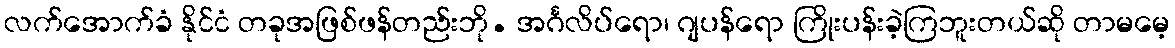
လက်အောက်ခံ နိုင်ငံ တခုအဖြစ်ဖန်တည်းဘို. အင်္ဂလိပ်ရော၊ ဂျပန်ရော ကြိုးပန်းခဲ့ကြဘူးတယ်ဆို တာမမေ့